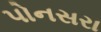
પોનસરા